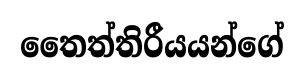
තෛත්තිරීයයන්ගේ